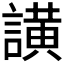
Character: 𮘺